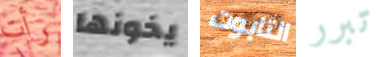
رأت يخونها التابوت تبرر